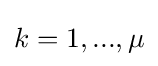
k=1,...,\mu